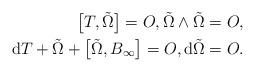
LaTeX: \begin{align*} \big[T,{\tilde \Omega}\big]=O,{\tilde \Omega}\wedge {\tilde \Omega}=O, \\ {\rm d}T+\tilde{\Omega}+\big[\tilde{\Omega},B_{\infty}\big]=O, {\rm d}\tilde{\Omega}=O. \end{align*}